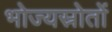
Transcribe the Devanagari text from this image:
भोज्यस्रोतों